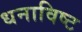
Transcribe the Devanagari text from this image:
धनाविष्ट